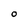
Character: O